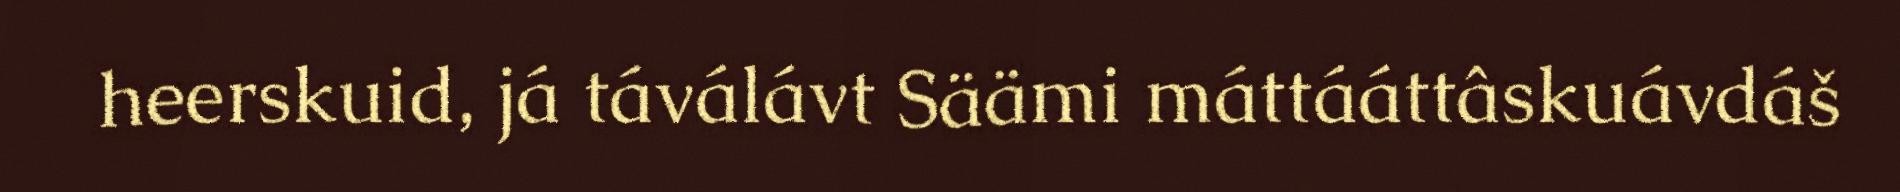
heerskuid, já táválávt Säämi máttááttâskuávdáš